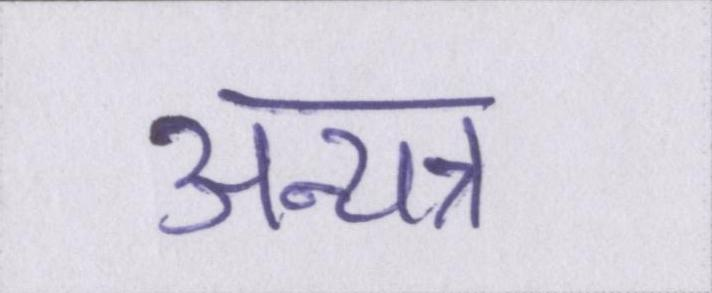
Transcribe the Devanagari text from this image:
अन्यत्र